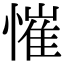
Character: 慛